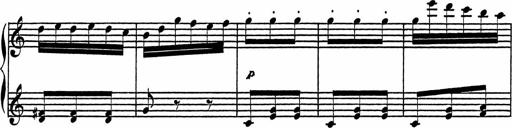
Title: 4 Piano Sonatinas
Composer: Adam Geibel